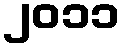
၂၀၁၁